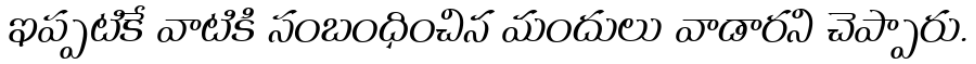
ఇప్పటికే వాటికి సంబంధించిన మందులు వాడారని చెప్పారు.